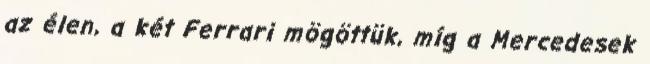
az élen, a két Ferrari mögöttük, míg a Mercedesek